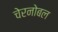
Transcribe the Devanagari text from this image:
चेरनोबल